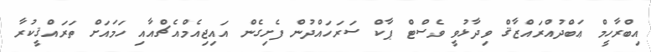
އިބްރާހީމް ޢަބްދުއްރައްޒާޤް ވިދާޅުވީ ވެސްޓް ޕާކް ސަރަހައްދުން ފެށިގެން އައިޖިއެމްއެޗްއާއި ހަމައަށް ތަރައްޤީކުރާ